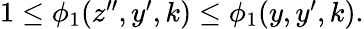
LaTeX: \begin{array}{r}{1\leq\phi_{1}(z^{\prime\prime},y^{\prime},k)\leq\phi_{1}(y,y^{\prime},k).}\end{array}